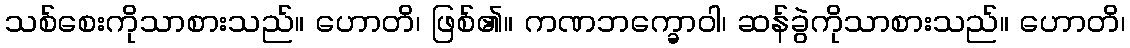
သစ်စေးကိုသာစားသည်။ ဟောတိ၊ ဖြစ်၏။ ကဏဘက္ခောဝါ၊ ဆန်ခွဲကိုသာစားသည်။ ဟောတိ၊